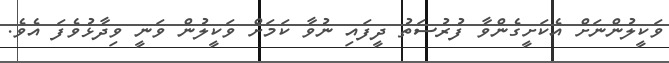
ވަކީލުންނަށް އެކަށީގެންވާ ފުރުސަތު ދީފައި ނުވާ ކަމަށް ވަކީލުން ވަނީ ވިދާޅުވެފަ އެވެ.